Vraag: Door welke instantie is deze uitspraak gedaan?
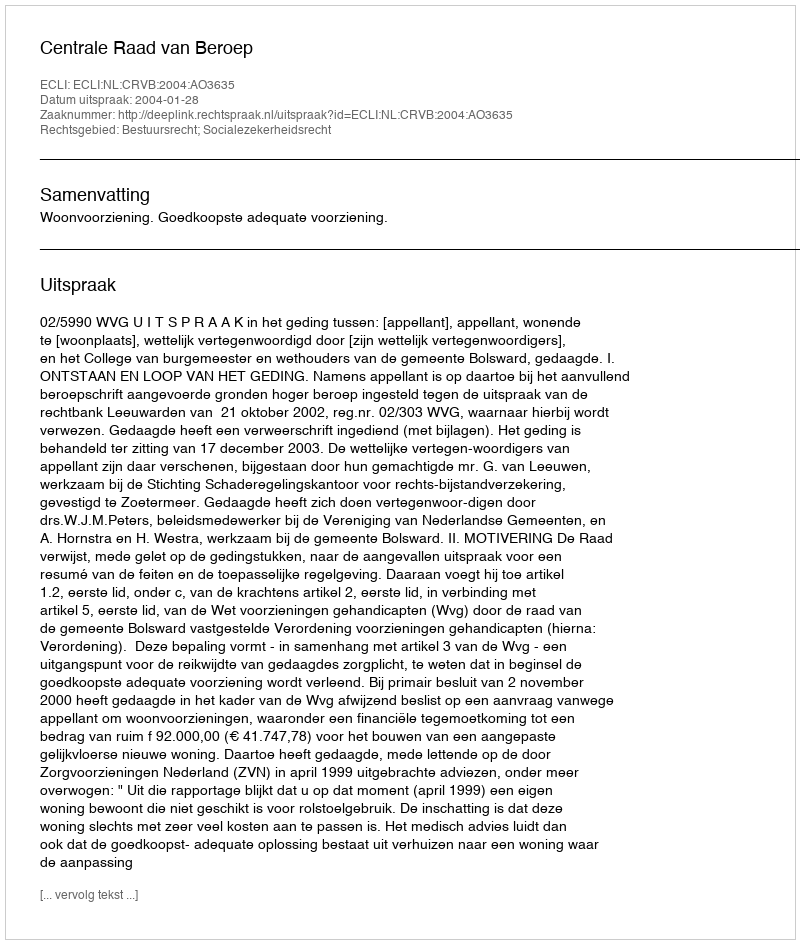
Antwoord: Centrale Raad van Beroep